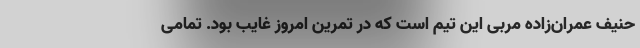
حنیف‌ عمران‌زاده مربی این تیم است که در تمرین امروز غایب بود. تمامی